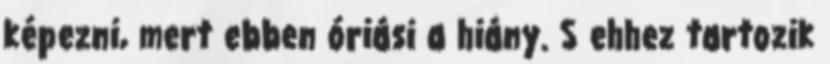
képezni, mert ebben óriási a hiány. S ehhez tartozik